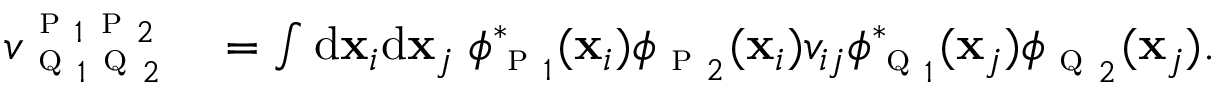
\begin{array} { r l } { { v } _ { \textsc { q } _ { 1 } \textsc { q } _ { 2 } } ^ { \textsc { p } _ { 1 } \textsc { p } _ { 2 } } } & { { } = \int \mathrm { d } \mathbf { x } _ { i } \mathrm { d } \mathbf { x } _ { j } \; \phi _ { \textsc { p } _ { 1 } } ^ { * } ( \mathbf { x } _ { i } ) \phi _ { \textsc { p } _ { 2 } } ( \mathbf { x } _ { i } ) v _ { i j } \phi _ { \textsc { q } _ { 1 } } ^ { * } ( \mathbf { x } _ { j } ) \phi _ { \textsc { q } _ { 2 } } ( \mathbf { x } _ { j } ) . } \end{array}